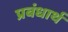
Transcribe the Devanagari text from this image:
प्रबंधार्थ